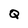
Character: Q